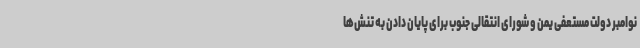
نوامبر دولت مستعفی یمن و شورای انتقالی جنوب برای پایان دادن به تنش‌ها